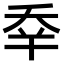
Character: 𠂷